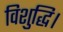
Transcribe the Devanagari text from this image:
विशुद्धि।